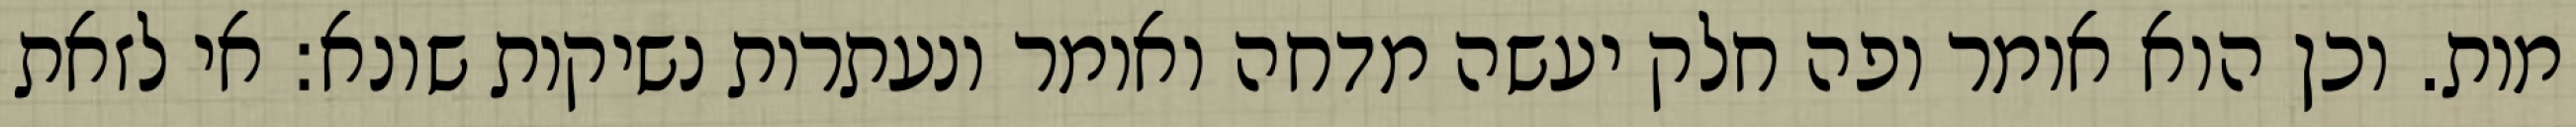
מות. וכן הוא אומר ופה חלק יעשה מדחה ואומר ונעתרות נשיקות שונא: אי לזאת